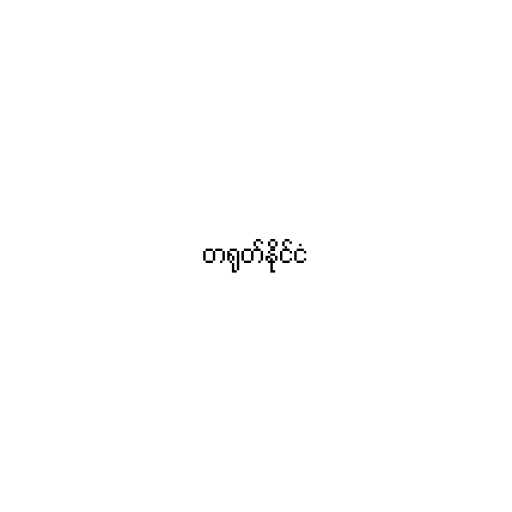
တရုတ်နိုင်ငံ